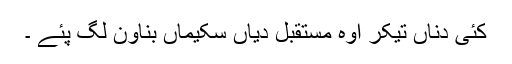
کئی دناں تیکر اوہ مستقبل دیاں سکیماں بناون لگ پئے ۔